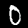
Label: 0